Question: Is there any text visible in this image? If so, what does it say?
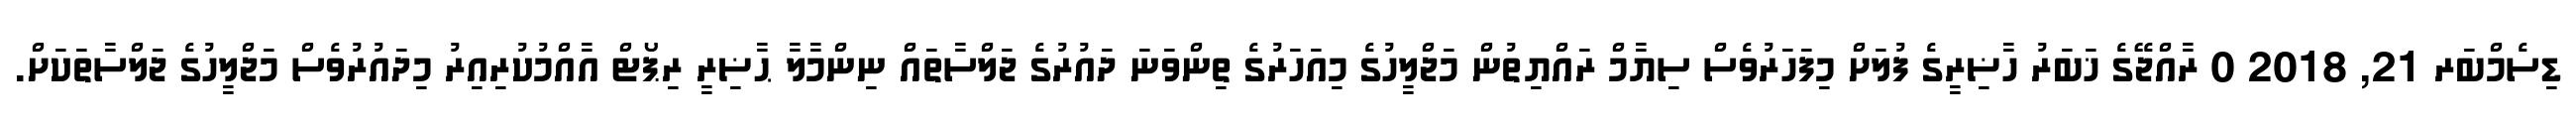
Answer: ޑިސެމްބަރ 21, 2018 0 ރާއްޖޭގެ ޚަބަރު ހާޟިރީގެ ފުލަށް މިފަހަރުވެސް ސިޔާމް ރައްޔިތުން މަޖްލީހުގެ މިއަހަރުގެ ތިންވަނަ ދައުރުގެ ޖަލްސާތައް ނިންމާލާ ޙާޟިރީ ރިޕޯޓް އާއްމުކުރިއިރު މިދައުރުވެސް މަޖްލީހުގެ ޖަލްސާތަކަށް.